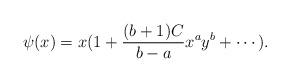
LaTeX: \begin{align*}\psi(x)=x(1+{(b+1)C\over b-a}x^ay^b+\cdots).\end{align*}